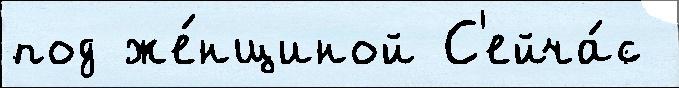
под же́нщиной С'ейча́с